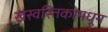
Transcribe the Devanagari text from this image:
खस्वस्तिकामधून